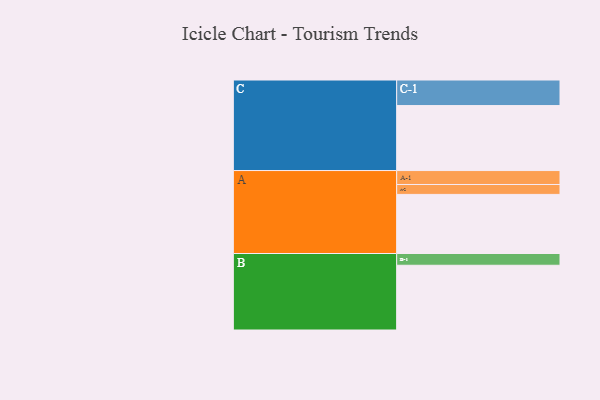
{"axis": {"x": "Segment", "y": "Value"}, "legend": ["", "A", "B", "C"], "data": [{"x": "A", "y": 513, "type": ""}, {"x": "B", "y": 562, "type": ""}, {"x": "C", "y": 564, "type": ""}, {"x": "A-1", "y": 121, "type": "A"}, {"x": "A-2", "y": 86, "type": "A"}, {"x": "B-1", "y": 102, "type": "B"}, {"x": "C-1", "y": 222, "type": "C"}]}